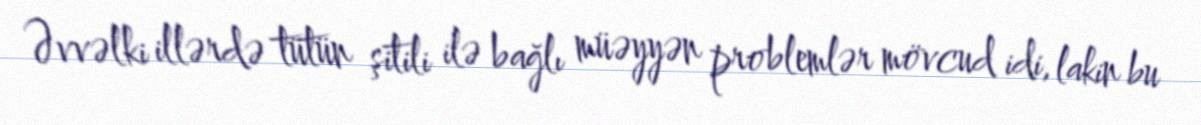
Əvvəlki illərdə tütün şitili ilə bağlı müəyyən problemlər mövcud idi, lakin bu